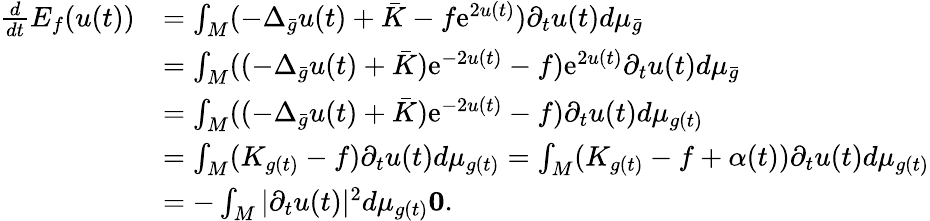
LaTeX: \begin{array}{rl}{\frac{d}{dt}E_{f}(u(t))}&{=\int_{M}(-\Delta_{\bar{g}}u(t)+\bar{K}-f\mathrm{e}^{2u(t)})\partial_{t}u(t)d\mu_{\bar{g}}}\\ &{=\int_{M}((-\Delta_{\bar{g}}u(t)+\bar{K})\mathrm{e}^{-2u(t)}-f)\mathrm{e}^{2u(t)}\partial_{t}u(t)d\mu_{\bar{g}}}\\ &{=\int_{M}((-\Delta_{\bar{g}}u(t)+\bar{K})\mathrm{e}^{-2u(t)}-f)\partial_{t}u(t)d\mu_{g(t)}}\\ &{=\int_{M}(K_{g(t)}-f)\partial_{t}u(t)d\mu_{g(t)}=\int_{M}(K_{g(t)}-f+\alpha(t))\partial_{t}u(t)d\mu_{g(t)}}\\ &{=-\int_{M}|\partial_{t}u(t)|^{2}d\mu_{g(t)}\le 0.}\end{array}